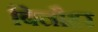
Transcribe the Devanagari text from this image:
बिलौहर